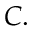
C .